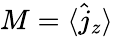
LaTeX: M=\langle\hat{j}_{z}\rangle